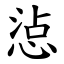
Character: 惉